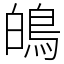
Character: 䳆